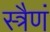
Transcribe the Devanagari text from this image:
स्त्रैणं